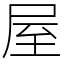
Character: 屋